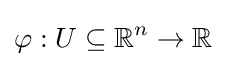
\varphi :U\subseteq \mathbb {R} ^{n}\to \mathbb {R}